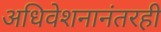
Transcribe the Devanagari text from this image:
अधिवेशनानंतरही